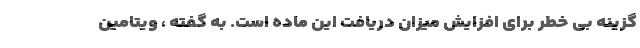
گزینه بی خطر برای افزایش میزان دریافت این ماده است. به گفته ، ویتامین